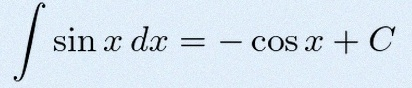
\int \sin x\,dx=-\cos x+C